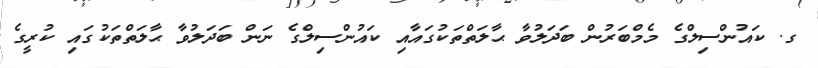
ގ. ކައުންސިލްގެ މެމްބަރުން ބަދަލުވާ ޙާލަތްތަކުގައާއި ކައުންސިލްގެ ނަން ބަދަލުވާ ޙާލަތްތަކުގައި ކުރީގެ